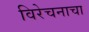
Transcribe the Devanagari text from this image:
विरेचनाचा